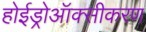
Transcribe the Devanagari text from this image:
होईड्रोऑक्सीकरण